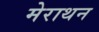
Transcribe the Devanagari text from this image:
मेराथन